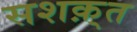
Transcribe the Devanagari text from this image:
सशक़्त